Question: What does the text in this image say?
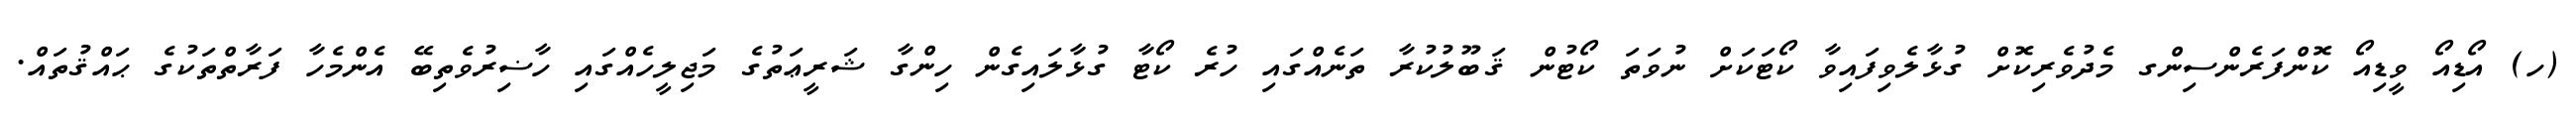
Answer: (ހ) އޯޑިއޯ ވީޑިއޯ ކޮންފަރެންސިންގ މެދުވެރިކޮށް ގުޅާލެވިފައިވާ ކޯޓަކަށް ނުވަތަ ކޯޓުން ޤަބޫލުކުރާ ތަނެއްގައި ހުރެ ކޯޓާ ގުޅާލައިގެން ހިންގާ ޝަރީޢަތުގެ މަޖިލީހެއްގައި ހާޟިރުވެތިބޭ އެންމެހާ ފަރާތްތަކުގެ ޙައްޤުތައް.